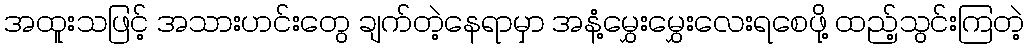
အထူးသဖြင့် အသားဟင်းတွေ ချက်တဲ့နေရာမှာ အနံ့မွှေးမွှေးလေးရစေဖို့ ထည့်သွင်းကြတဲ့